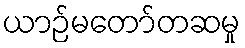
ယာဉ်မတော်တဆမှု